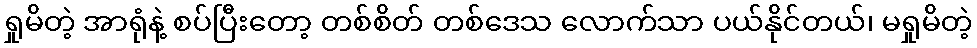
ရှုမိတဲ့ အာရုံနဲ့ စပ်ပြီးတော့ တစ်စိတ် တစ်ဒေသ လောက်သာ ပယ်နိုင်တယ်၊ မရှုမိတဲ့